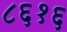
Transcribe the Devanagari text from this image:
८६१६